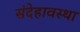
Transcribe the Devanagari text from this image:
संदेहावस्था